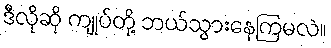
ဒီလိုဆို ကျုပ်တို့ ဘယ်သွားနေကြမလဲ။